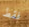
فقط